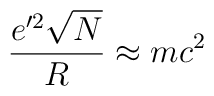
\frac{e'^2 \sqrt{N}}{R} \approx mc^2